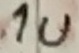
Text: 1u